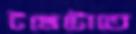
টমেটোতে